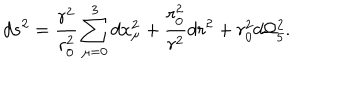
d s ^ { 2 } = \frac { r ^ { 2 } } { r _ { 0 } ^ { 2 } } \sum _ { \mu = 0 } ^ { 3 } d x _ { \mu } ^ { 2 } + \frac { r _ { 0 } ^ { 2 } } { r ^ { 2 } } d r ^ { 2 } + r _ { 0 } ^ { 2 } d \Omega _ { 5 } ^ { 2 } .